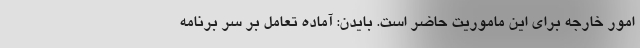
امور خارجه برای این ماموریت حاضر است. بایدن: آماده تعامل بر سر برنامه